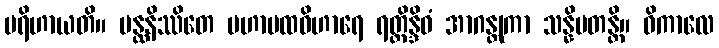
ပရိဟာယတိ။ ပန္ထနိဿိတေ မဟာပထဝိဟာရေ ရတ္တိန္ဒိဝံ အာဂန္တုကာ သန္နိပတန္တိ။ ဝိကာလေ